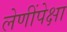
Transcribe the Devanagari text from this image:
लेणींपेक्षा